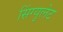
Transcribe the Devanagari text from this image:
सिंग्युलेट